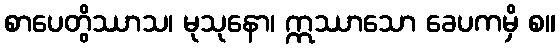
စာပေတွိဿာသ၊ မုသုနော၊ ဣဿာသော ခေပကမှိ စ။